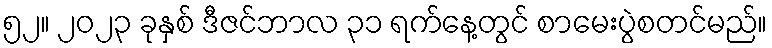
၅၂။ ၂၀၂၃ ခုနှစ် ဒီဇင်ဘာလ ၃၁ ရက်နေ့တွင် စာမေးပွဲစတင်မည်။